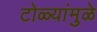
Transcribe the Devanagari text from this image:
टोळ्यांमुळे